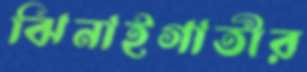
ঝিনাইগাতীর